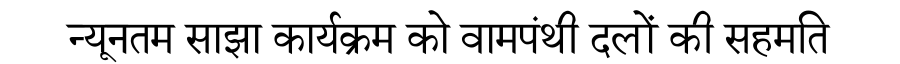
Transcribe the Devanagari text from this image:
न्यूनतम साझा कार्यक्रम को वामपंथी दलों की सहमति